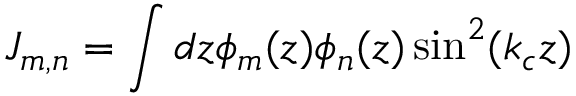
J _ { m , n } = \int d z \phi _ { m } ( z ) \phi _ { n } ( z ) \sin ^ { 2 } ( k _ { c } z )